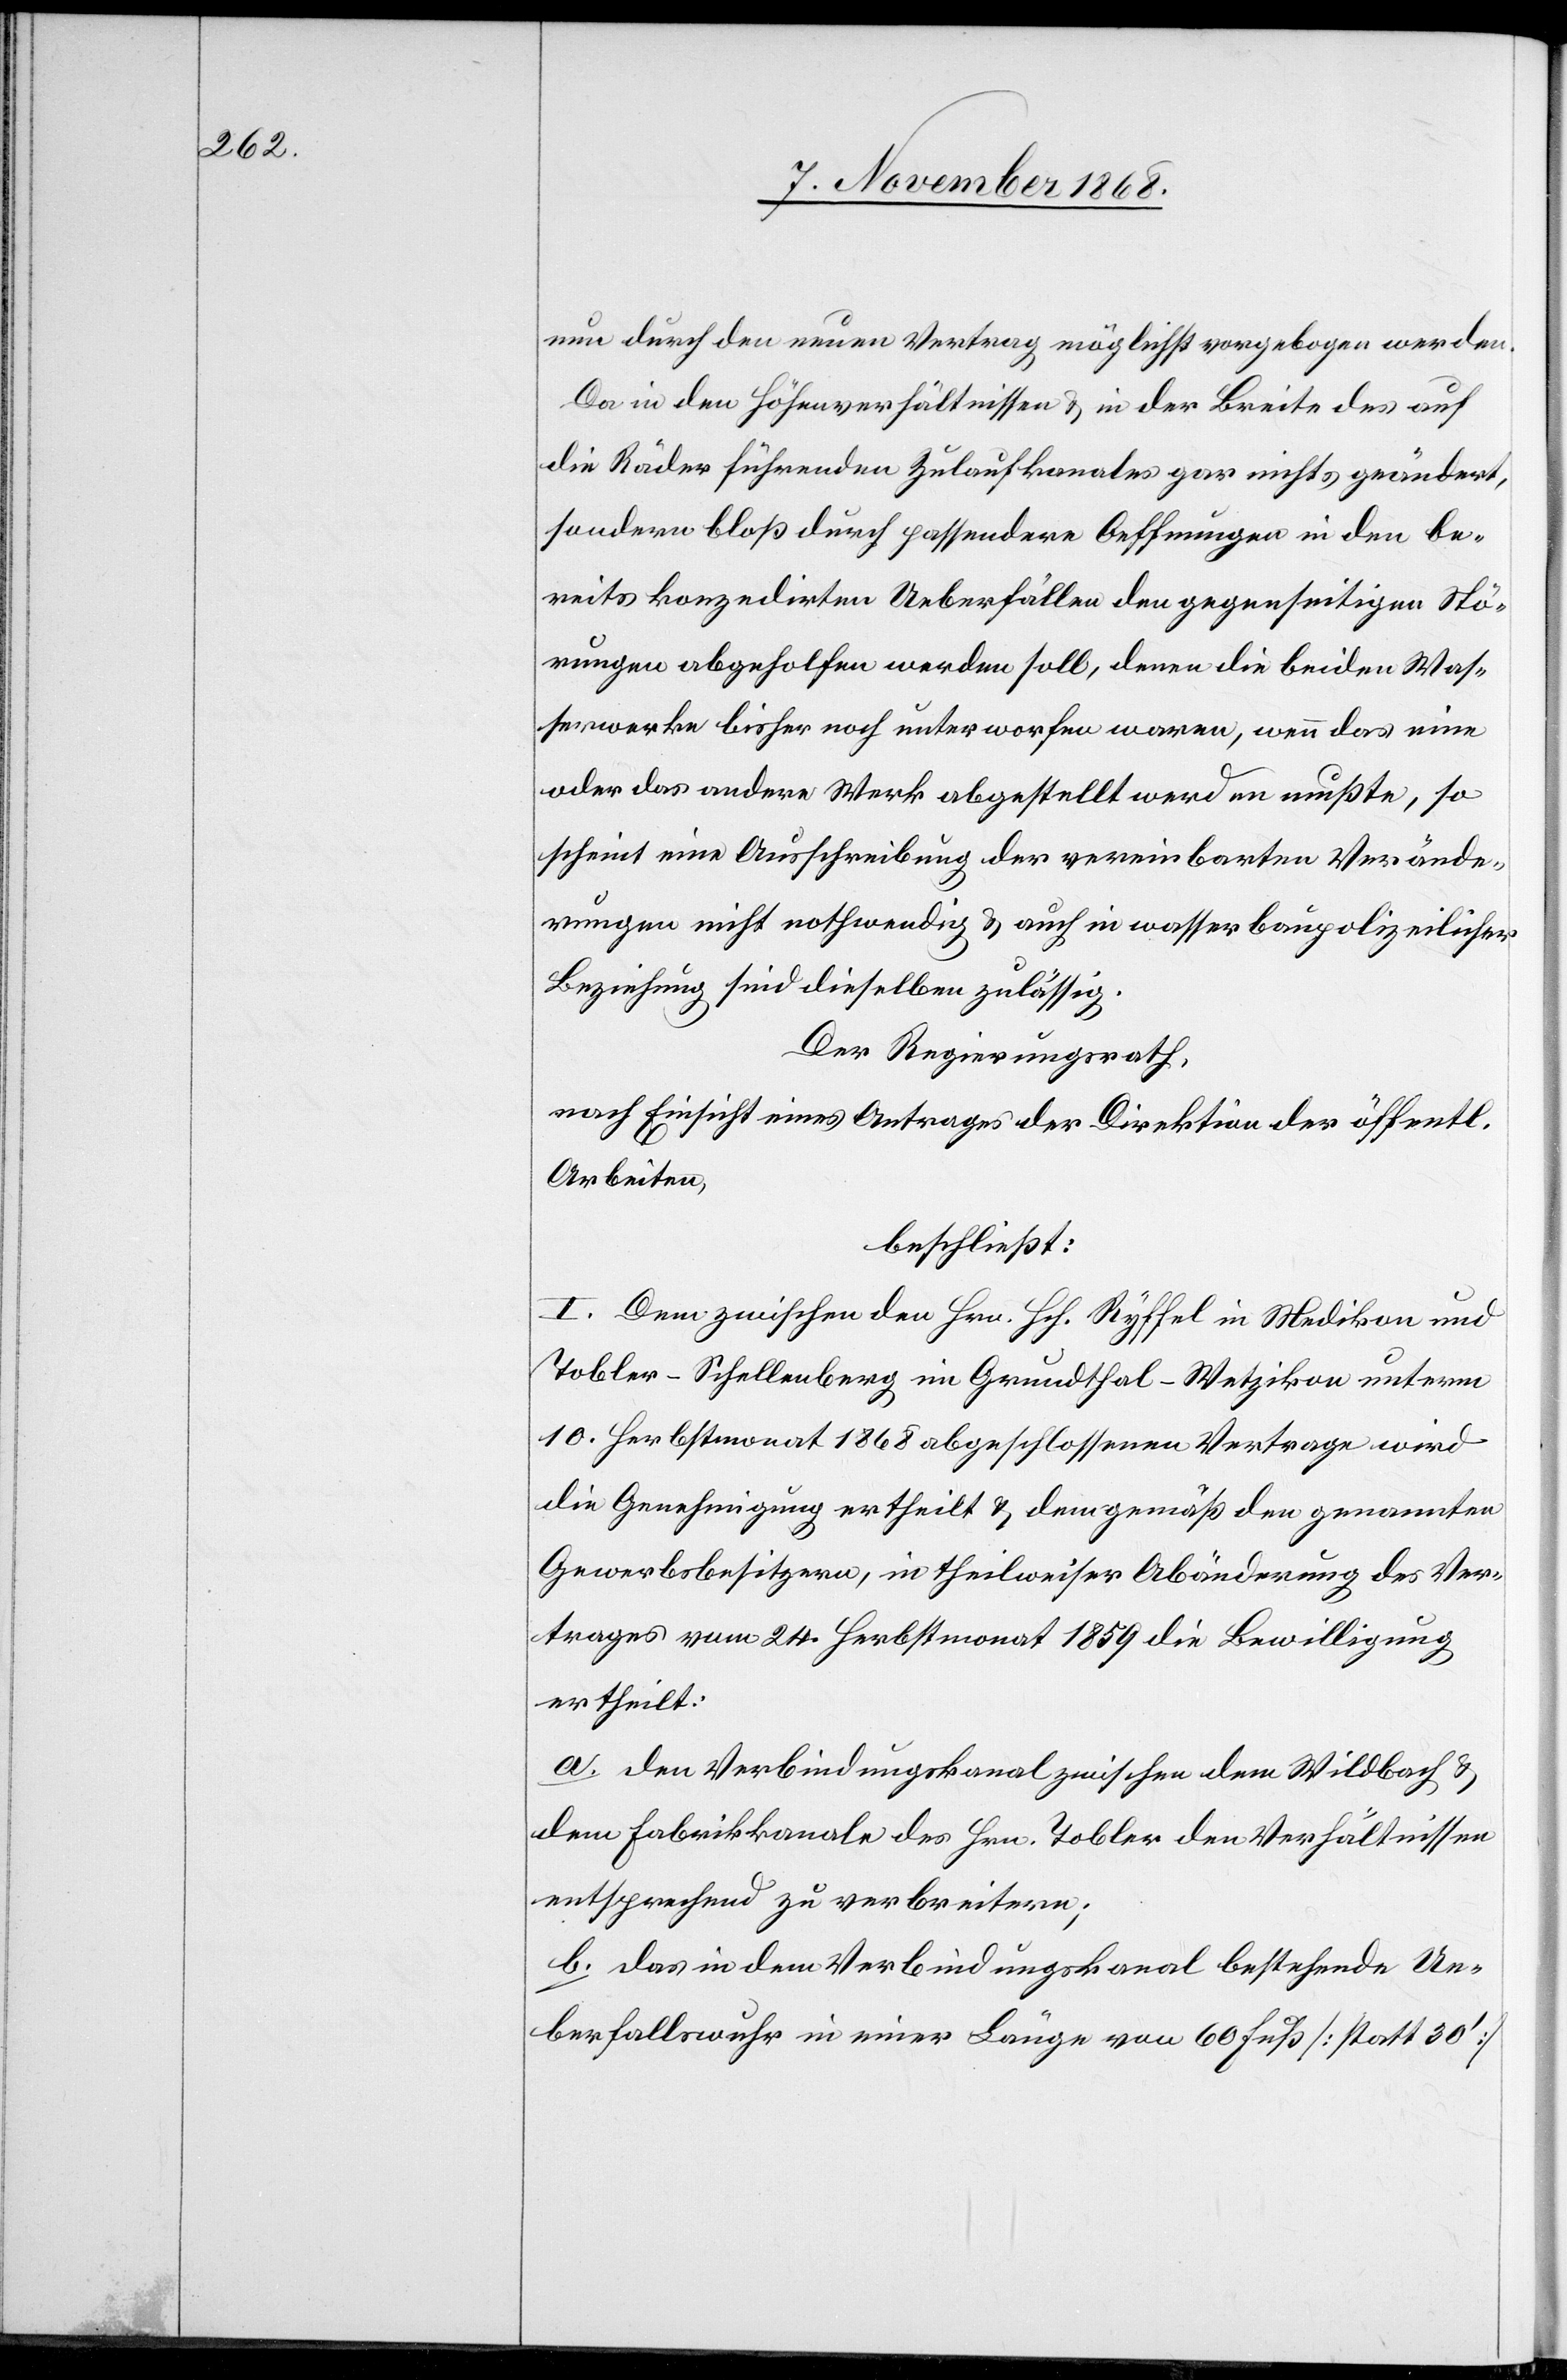
nun durch den neuen Vertrag möglichst vorgebogen werden.
Da in den Höhenverhältnissen & in der Breite des auf
die Räder führenden Zulaufkanales gar nichts geändert,
sondern bloß durch passendere Oeffnungen in den be¬
reits konzedirten Ueberfällen den gegenseitigen Stö¬
rungen abgeholfen werden soll, denen die beiden Was¬
serwerke bisher noch unterworfen waren, wenn das eine
oder das andere Werk abgestellt werden mußte, so
scheint eine Ausschreibung der vereinbarten Verände¬
rungen nicht nothwendig & auch in wasserbaupolizeilicher
Beziehung sind dieselben zulässig.
Der Regierungsrath,
nach Einsicht eines Antrages der Direktion der öffentl.
Arbeiten,
beschließt:
I. Dem zwischen den Hrn. Hch. Ryffel in Medikon und
Tobler-Schellenberg im Grundthal - Wetzikon unterm
10. Herbstmonat 1868 abgeschlossenen Vertrage wird
die Genehmigung ertheilt & demgemäß den genannten
Gewerbsbesitzern, in theilweiser Abänderung des Ver¬
trages vom 24. Herbstmonat 1859 die Bewilligung
ertheilt:
a. den Verbindungskanal zwischen dem Wildbach &
dem Fabrikkanale des Hrn. Tobler den Verhältnissen
entsprechend zu verbreitern;
b. das in dem Verbindungskanal bestehende Ue¬
berfallswuhr in einer Länge von 60 Fuß [statt 30‘]